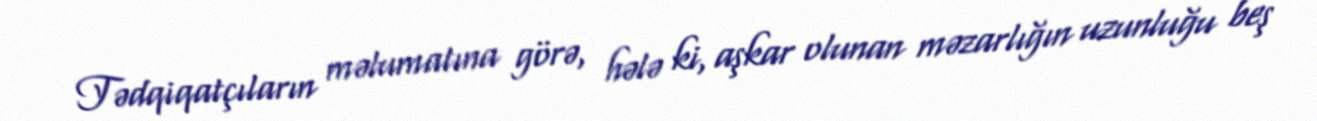
Tədqiqatçıların məlumatına görə, hələ ki, aşkar olunan məzarlığın uzunluğu beş